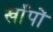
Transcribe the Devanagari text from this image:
खाँपों